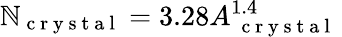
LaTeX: \mathbb{N}_{\mathrm{{~c~r~y~s~t~a~l~}}}=3.28A_{\mathrm{{~\mathrm{{~c~r~y~s~t~a~l~}}~}}}^{1.4}